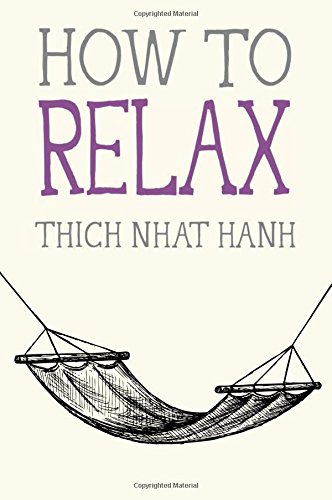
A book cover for How to Relax (Mindfulness Essentials); Thich Nhat Hanh; Self-Help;